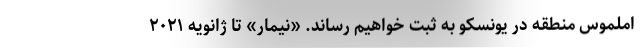
املموس منطقه در یونسکو به ثبت خواهیم رساند. «نیمار» تا ژانویه ۲۰۲۱